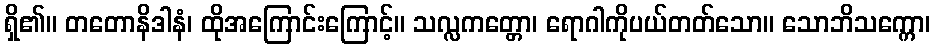
ရှိ၏။ တတောနိဒါနံ၊ ထိုအကြောင်းကြောင့်။ သလ္လကတ္တော၊ ရောဂါကိုပယ်တတ်သော။ သောဘိသက္ကော၊